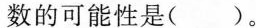
数的可能性是( )。